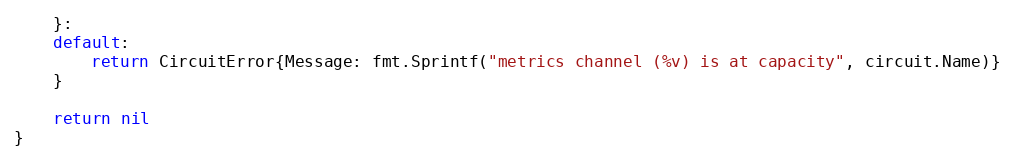
Language: Go
	}:
	default:
		return CircuitError{Message: fmt.Sprintf("metrics channel (%v) is at capacity", circuit.Name)}
	}

	return nil
}